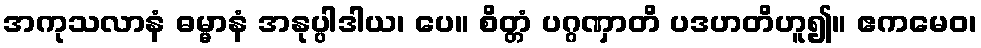
အကုသလာနံ ဓမ္မာနံ အနုပ္ပါဒါယ၊ ပေ။ စိတ္တံ ပဂ္ဂဏှာတိ ပဒဟတိဟူ၍။ ဧကမေဝ၊